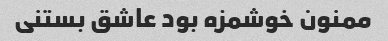
ممنون خوشمزه بود عاشق بستنی